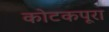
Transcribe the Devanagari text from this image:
कोटकपूरा